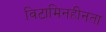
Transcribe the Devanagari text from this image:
विटामिनहीनता